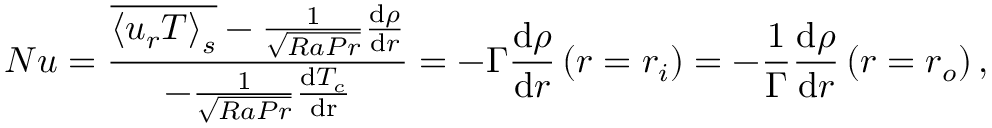
N u = \frac { \overline { { \left\langle u _ { r } T \right\rangle _ { s } } } - \frac { 1 } { \sqrt { R a P r } } \frac { \mathrm { d } \rho } { \mathrm { d } r } } { - \frac { 1 } { \sqrt { R a P r } } \frac { \mathrm { d } T _ { c } } { \mathrm { d r } } } = - \Gamma \frac { \mathrm { d } \rho } { \mathrm { d } r } \left( r = r _ { i } \right) = - \frac { 1 } { \Gamma } \frac { \mathrm { d } \rho } { \mathrm { d } r } \left( r = r _ { o } \right) ,